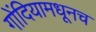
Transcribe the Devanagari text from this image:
गोंदियामधूनच